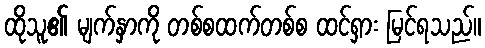
ထိုသူ၏ မျက်နှာကို တစ်စထက်တစ်စ ထင်ရှား မြင်ရသည်။